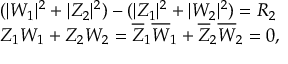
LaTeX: \begin{array} { l c r } { { ( | W _ { 1 } | ^ { 2 } + | Z _ { 2 } | ^ { 2 } ) - ( | Z _ { 1 } | ^ { 2 } + | W _ { 2 } | ^ { 2 } ) = R _ { 2 } } } \\ { { Z _ { 1 } W _ { 1 } + Z _ { 2 } W _ { 2 } = \overline { { { Z } } } _ { 1 } \overline { { { W } } } _ { 1 } + \overline { { { Z } } } _ { 2 } \overline { { { W } } } _ { 2 } = 0 , } } \end{array}